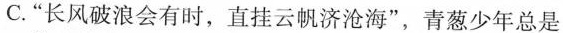
C.”长风破浪会有时，直挂云帆济沧海”，青葱少年总是